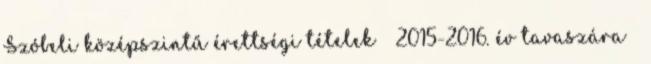
Szóbeli középszintű érettségi tételek 2015-2016. év tavaszára